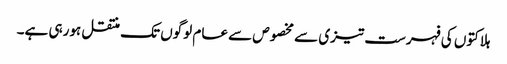
ہلاکتوں کی فہرست تیزی سے مخصوص سے عام لوگوں تک منتقل ہورہی ہے۔